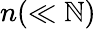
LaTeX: n(\ll\mathbb{N})